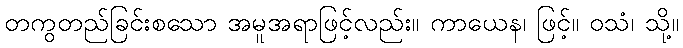
တကွတည်ခြင်းစသော အမူအရာဖြင့်လည်း။ ကာယေန၊ ဖြင့်။ ဝသံ၊ သို့။